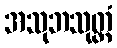
အသုဘသုတ္တံ